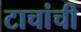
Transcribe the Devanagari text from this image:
टाचांची